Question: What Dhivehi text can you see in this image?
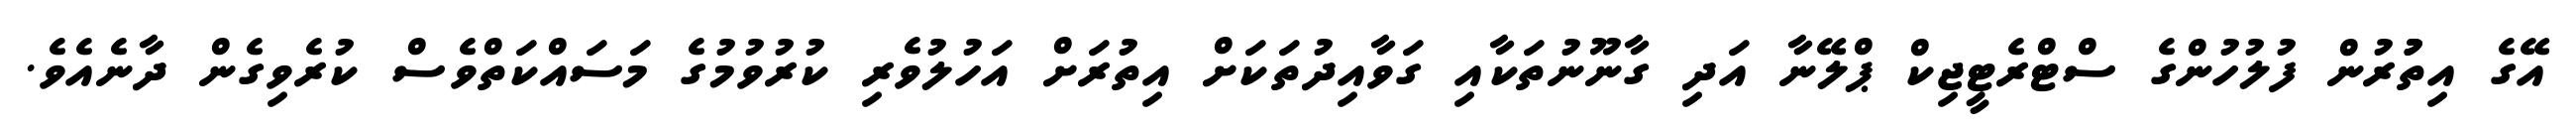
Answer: އޭގެ އިތުުރުން ފުލުހުންގެ ސްޓްރެޓީޖިކް ޕްލޭނާ އަދި ގާނޫނުތަކާއި ގަވާއިދުތަކަށް އިތުރަށް އަހުލުވެރި ކުރުވުމުގެ މަސައްކަތްވެސް ކުރެވިގެން ދާނެއެވެ.